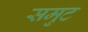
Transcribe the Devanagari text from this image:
समुट